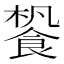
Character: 𩛳